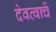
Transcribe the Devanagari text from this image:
देवत्वाचें